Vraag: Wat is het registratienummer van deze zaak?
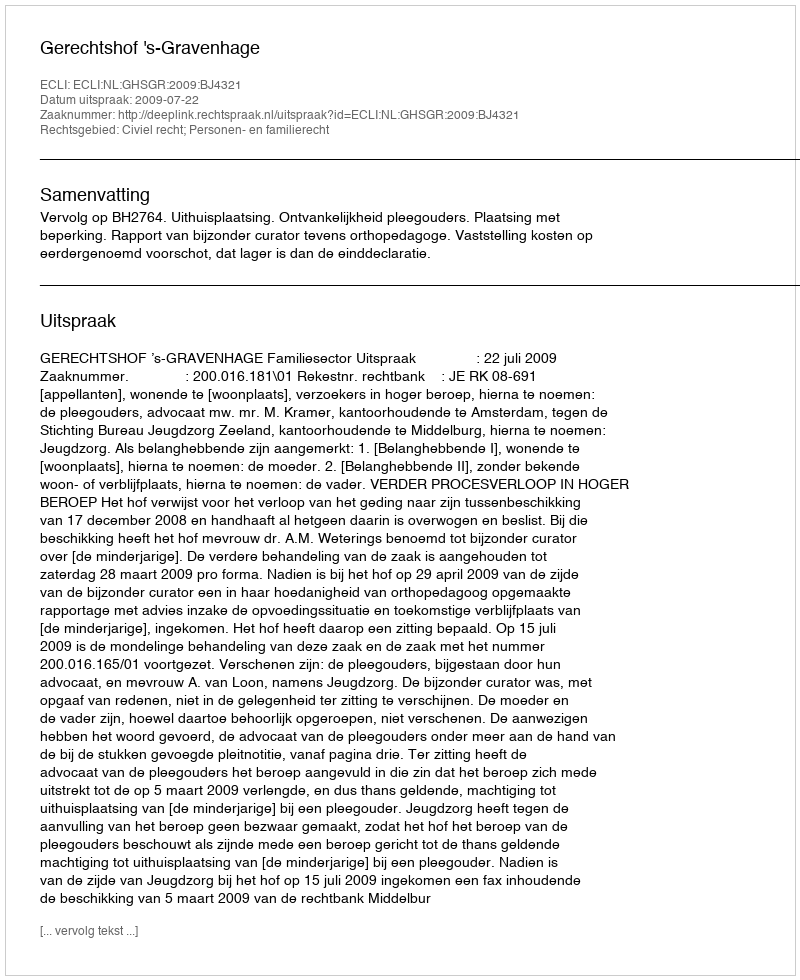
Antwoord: http://deeplink.rechtspraak.nl/uitspraak?id=ECLI:NL:GHSGR:2009:BJ4321